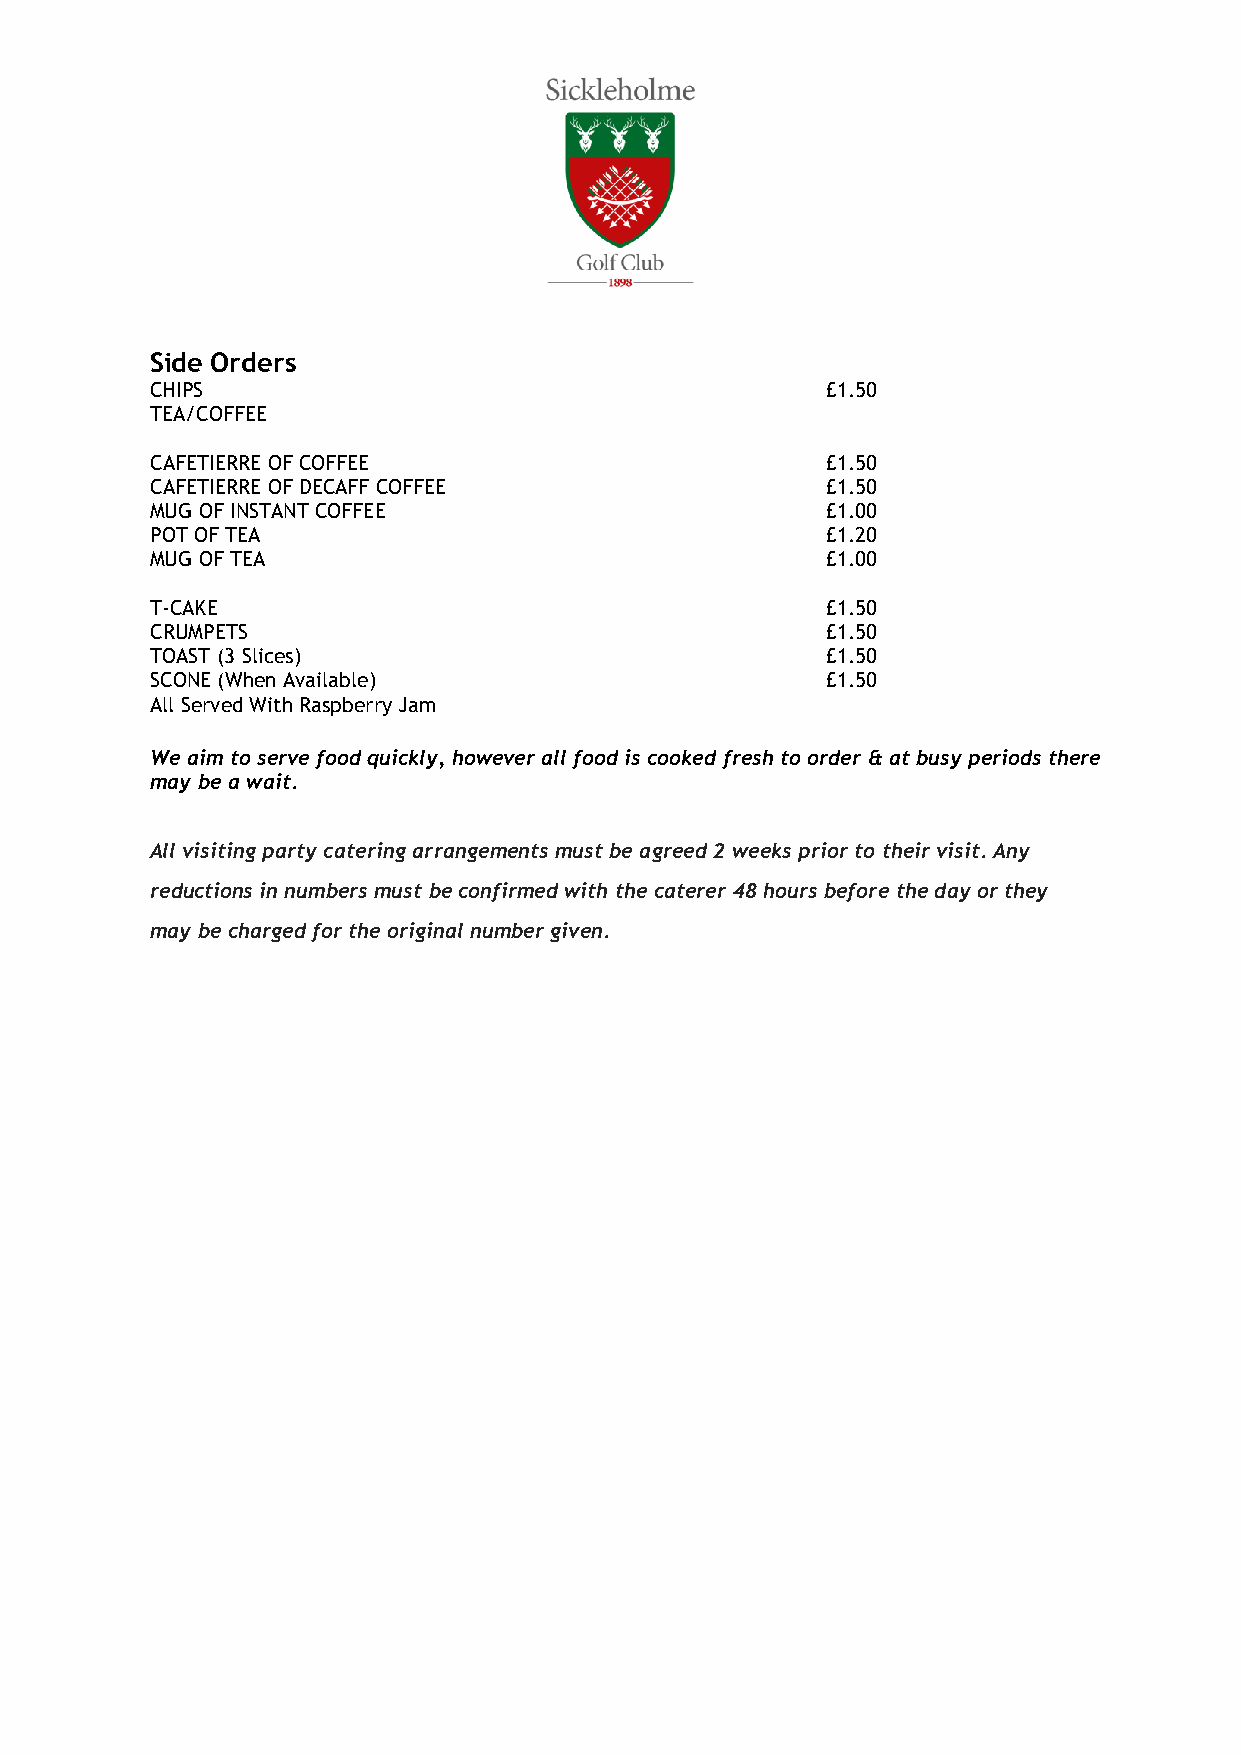
Side Orders
 CHIPS                                        £1.50
 TEA/COFFEE
 CAFETIERRE OF COFFEE                         £1.50
 CAFETIERRE OF DECAFF COFFEE                  £1.50
 MUG OF INSTANT COFFEE                        £1.00
 POT OF TEA                                   £1.20
 MUG OF TEA                                   £1.00
 T-CAKE                                       £1.50
 CRUMPETS                                     £1.50
 TOAST (3 Slices)                             £1.50
 SCONE (When Available)                       £1.50
 All Served With Raspberry Jam
 We aim to serve food quickly, however all food is cooked fresh to order & at busy periods there
 may be a wait.
 All visiting party catering arrangements must be agreed 2 weeks prior to their visit. Any
 reductions in numbers must be confirmed with the caterer 48 hours before the day or they
 may be charged for the original number given.